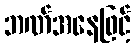
ဘဏ်အနေဖြင့်